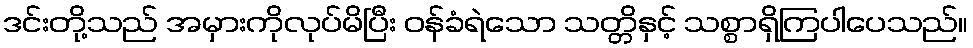
ဒင်းတို့သည် အမှားကိုလုပ်မိပြီး ဝန်ခံရဲသော သတ္တိနှင့် သစ္စာရှိကြပါပေသည်။